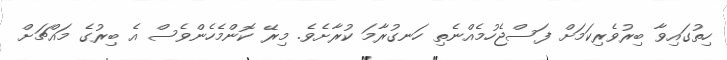
ހިތުގައިވާ ބިރުވެރިކަމަށް ފަސްޖެހުމެއްނެތި ހަނގުރާމަ ކުރާށެވެ. މިރޭ ކޮންމެހެންވެސް އެ ބިރުގެ މައްޗަށް